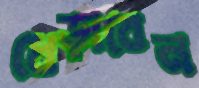
ধেড়াবেন